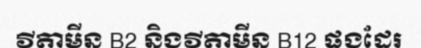
វីតាមីន B2 និងវីតាមីន B12 ផងដែរ